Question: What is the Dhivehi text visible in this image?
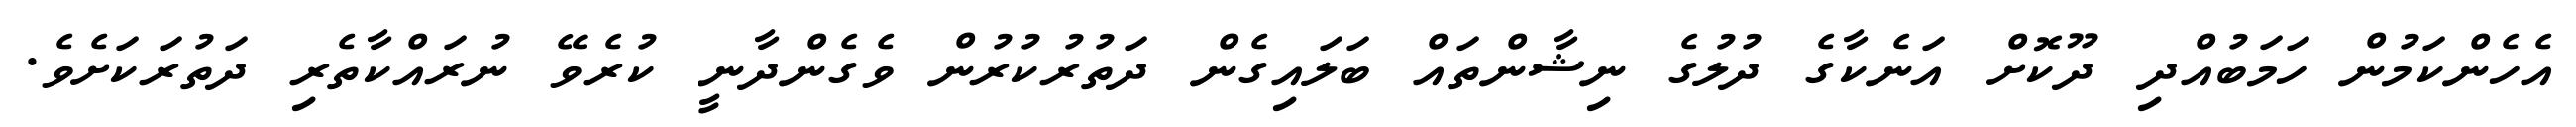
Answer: އެހެންކަމުން ހަމަބުއްދި ދޫކޮށް އަނެކާގެ ދުލުގެ ނިޝާންތައް ބަލައިގެން ދަތުރުކުރުން ވެގެންދާނީ ކުރެވޭ ނުރައްކާތެރި ދަތުރަކަށެވެ.